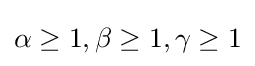
\alpha \geq 1,\beta \geq 1,\gamma \geq 1